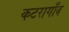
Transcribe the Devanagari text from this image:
कटरागाँव